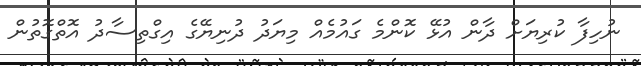
ނުހިފާ ކުރިޔަށް ދާން އުޅޭ ކޮންމެ ގައުމެއް މިޔަދު ދުނިޔޭގެ އިގްތިސާދު އޮތްގޮތުން